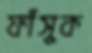
ফাঁসুক